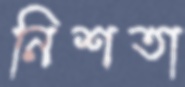
নিশতা